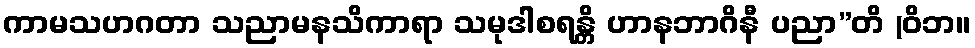
ကာမသဟဂတာ သညာမနသိကာရာ သမုဒါစရန္တိ ဟာနဘာဂိနီ ပညာ”တိ (ဝိဘ။